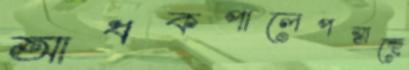
আধকপালেপস্তাচ্ছে